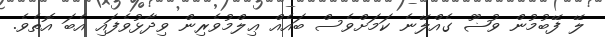
ލޭ ފޭބުމުން ވުޟޫ ގެއްލޭނެ ކަމަށްވެސް ބައެއް ޢިލްމުވެރިން ވިދާޅުވެފައި އެބަ އޮތެވެ.